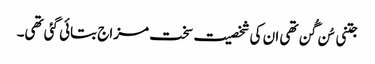
جتنی سُن گُن تھی ان کی شخصیت سخت مزاج بتائی گئی تھی۔